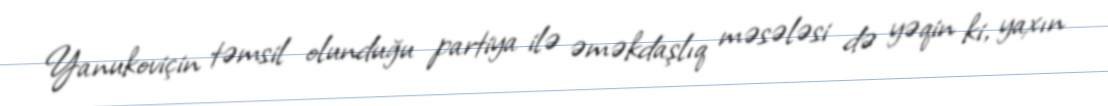
Yanukoviçin təmsil olunduğu partiya ilə əməkdaşlıq məsələsi də yəqin ki, yaxın